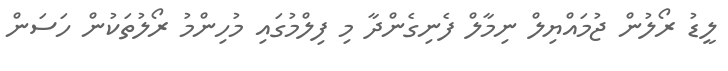
ލީޑު ރޯލުން ޖުމައްޔިލް ނިމާލް ފެނިގެންދާ މި ފިލްމުގައި މުހިންމު ރޯލުތަކުން ހަސަން